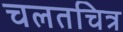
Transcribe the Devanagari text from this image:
चलतचित्र